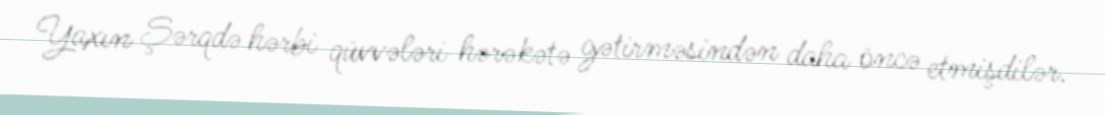
Yaxın Şərqdə hərbi qüvvələri hərəkətə gətirməsindən daha öncə etmişdilər.